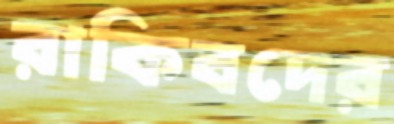
রাকিবদের